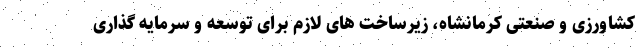
کشاورزی و صنعتی کرمانشاه، زیرساخت های لازم برای توسعه و سرمایه گذاری